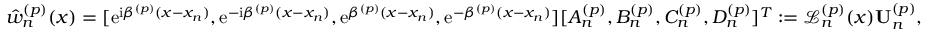
\hat { w } _ { n } ^ { ( p ) } ( x ) = [ \mathrm { e } ^ { \mathrm { i } \beta ^ { ( p ) } ( x - x _ { n } ) } , \mathrm { e } ^ { - \mathrm { i } \beta ^ { ( p ) } ( x - x _ { n } ) } , \mathrm { e } ^ { \beta ^ { ( p ) } ( x - x _ { n } ) } , \mathrm { e } ^ { - \beta ^ { ( p ) } ( x - x _ { n } ) } ] [ A _ { n } ^ { ( p ) } , B _ { n } ^ { ( p ) } , C _ { n } ^ { ( p ) } , D _ { n } ^ { ( p ) } ] ^ { T } : = \mathcal { L } _ { n } ^ { ( p ) } ( x ) \mathbf { U } _ { n } ^ { ( p ) } ,